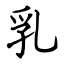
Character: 乳